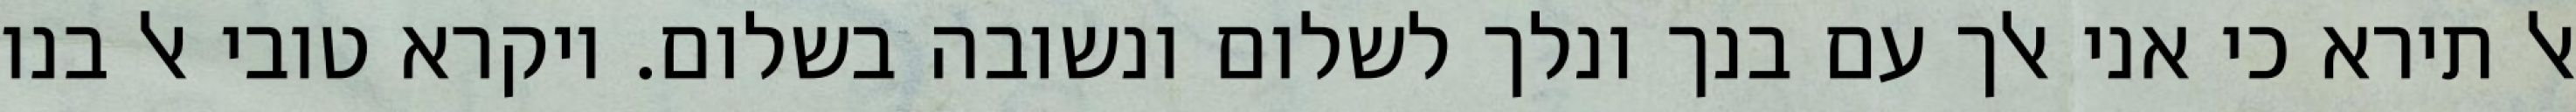
אל תירא כי אני אלך עם בנך ונלך לשלום ונשובה בשלום. ויקרא טובי אל בנו